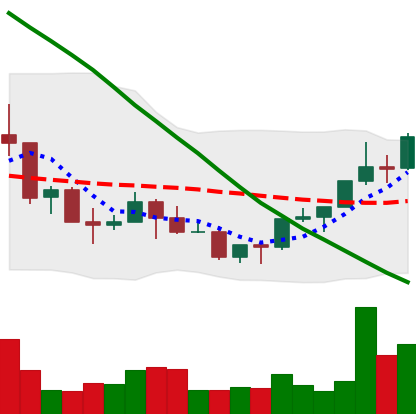
Ticker: NEO-USD
Chart end date: 2022-03-22
Forward return: 9.346%
Label: up_7plus